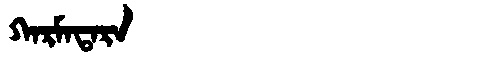
Manchu: ᡴᠠᡵᠮᠠᡨᠠᡵᠠ
Romanization: KARMATARA